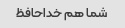
شما هم خداحافظ